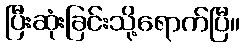
ပြီးဆုံးခြင်းသို့ရောက်ပြီ။